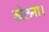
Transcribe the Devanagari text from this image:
खेलना।